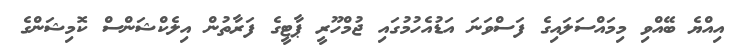
އިއްޔެ ބޭއްވި މިމައްސަލައިގެ ފަސްވަނަ އަޑުއެހުމުގައި ޖުމްހޫރީ ޕާޓީގެ ފަރާތުން އިލެކްޝަންސް ކޮމިޝަންގެ